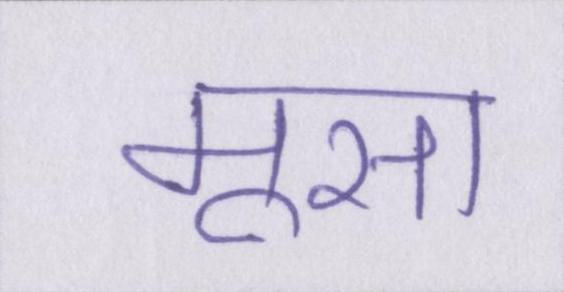
मूसा